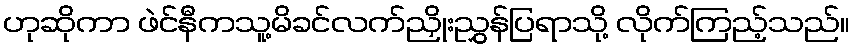
ဟုဆိုကာ ဖဲင်နီကသူ့မိခင်လက်ညှိုးညွှန်ပြရာသို့ လိုက်ကြည့်သည်။